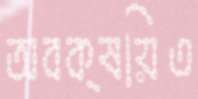
অবক্ষয়িত